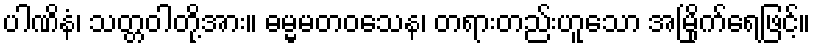
ပါဏိနံ၊ သတ္တဝါတို့အား။ ဓမ္မမတဝသေန၊ တရားတည်းဟူသော အမြိုက်ရေဖြင့်။